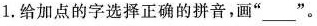
1.给加点的字选择正确的拼音，画“___”